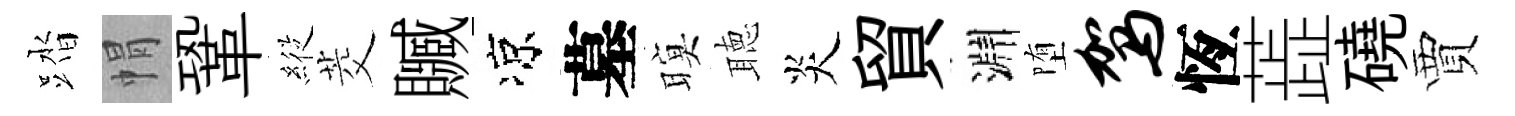
踏㡌鞏𦂵茭贓凉墓暝聴炎貿淵堕驾恆蕋磽賈